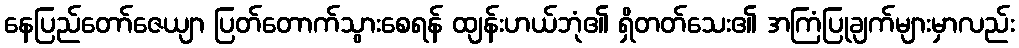
နေပြည်တော်ဇေယျာ ပြတ်တောက်သွားစေရန် ထျန်းဟယ်ဘုံ၏ ရှိတတ်သေး၏ အကြံပြုချက်များမှာလည်း